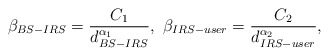
\begin{align*}\beta_{BS-IRS}=\frac{C_1}{d_{BS-IRS}^{\alpha_1}},~\beta_{IRS-user}=\frac{C_2}{d_{IRS-user}^{\alpha_2}},\end{align*}